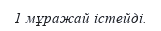
1 мұражай істейді.